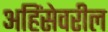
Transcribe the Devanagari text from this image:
अहिंसेवरील